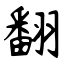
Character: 翻